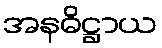
အနဓိဋ္ဌာယ